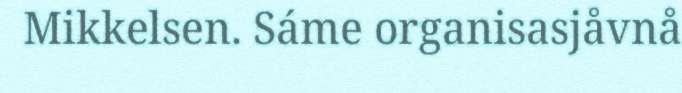
Mikkelsen. Sáme organisasjåvnå